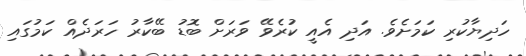
ހަދިޔާކުރި ކަމަށެވެ. އަދި އެއީ ކުރެވޭ ވަރަށް ބޮޑު ބޭކާރު ހަރަދެއް ކަމުގައި